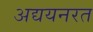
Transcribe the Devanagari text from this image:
अद्ययनरत